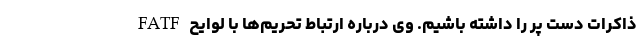
ذاکرات دست پر را داشته باشیم. وی درباره ارتباط تحریم‌ها با لوایح FATF